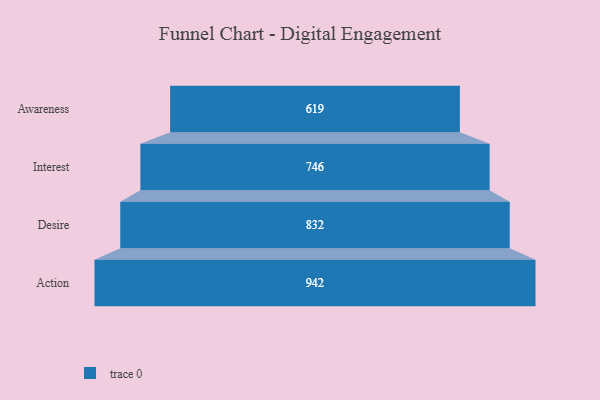
{"axis": {"x": "Stage", "y": "Value"}, "legend": [""], "data": [{"x": "Awareness", "y": 619.0, "type": ""}, {"x": "Interest", "y": 746.0, "type": ""}, {"x": "Desire", "y": 832.0, "type": ""}, {"x": "Action", "y": 942.0, "type": ""}]}